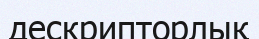
дескрипторлық